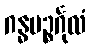
ဂန္ဓပဉ္စင်္ဂုလံ